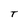
Character: T